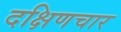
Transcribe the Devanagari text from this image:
दक्षिणचार